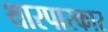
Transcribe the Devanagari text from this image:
थारपारकार